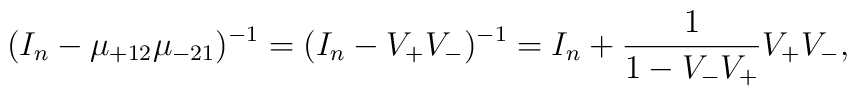
(I_n - \mu_{+12} \mu_{-21})^{-1} = (I_n - V_+ V_-)^{-1} = I_n +\frac{1}{1 - V_- V_+} V_+ V_-,